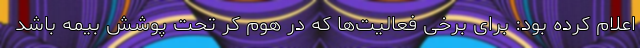
اعلام کرده بود: برای برخی فعالیت‌ها که در هوم کر تحت پوشش بیمه باشد